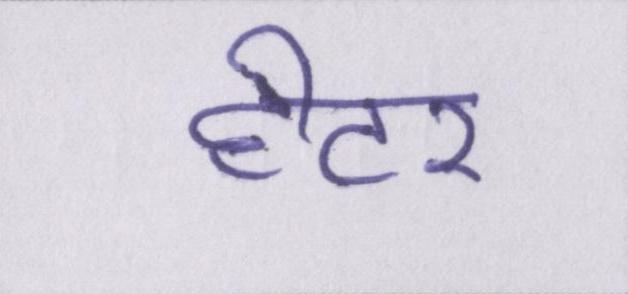
हीटर